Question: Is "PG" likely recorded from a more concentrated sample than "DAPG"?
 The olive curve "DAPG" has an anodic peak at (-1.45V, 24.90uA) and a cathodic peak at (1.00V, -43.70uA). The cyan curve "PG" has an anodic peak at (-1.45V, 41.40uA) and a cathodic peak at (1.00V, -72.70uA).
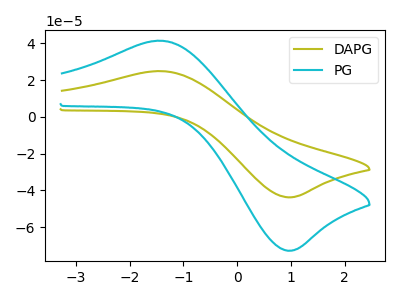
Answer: <think>All the peaks in "PG" have a peak in "DAPG" at the same potential. Every peak in "PG" is higher than every peak in "DAPG".
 </think>
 <answer>"PG" has more signal than "DAPG".</answer>
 <eval>more_signal</eval>